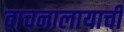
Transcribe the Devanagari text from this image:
वाचनालायाची